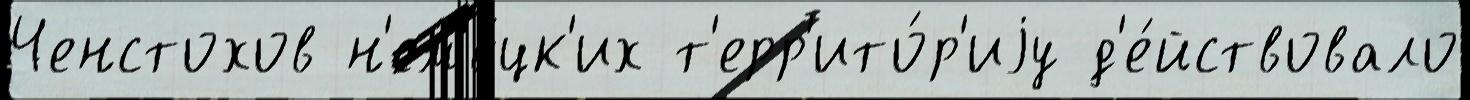
Ченстохов н'ем'е́цк'их т'ерр'ито́р'иjу д'е́йствовало